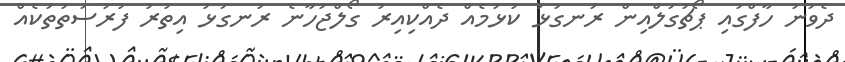
ދެވަނަ ހާފްގައި ޕޯޗުގަލްއިން ރަނގަޅު ކުޅުމެއް ދެއްކިއިރު ގޯލްޖަހާނެ ރަނގަޅު އިތުރު ފުރުސަތުތަކެއް